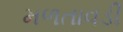
મળતાવડી